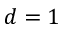
d = 1